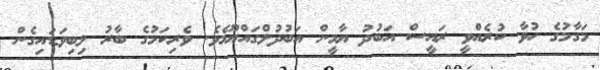
މަގާމުގެ ހުވާ ކުރެއްވީ ރައީސް އަބުދު ޔާމީން އަބުދުލްގައްޔޫމެވެ. ވެރިކަމުގެ ބާރު ލިބިވަޑައިގެން